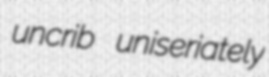
uncrib uniseriately